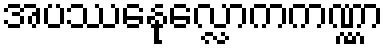
အပဿေနုလ္လောကကဏ္ဏာ